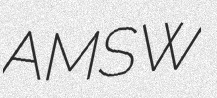
AMSW